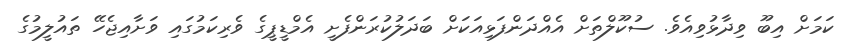
ކަމަށް އިބޫ ވިދާޅުވިއެވެ. ސުކޫލްތަށް އެއްދަންފަޅިއަކަށް ބަދަލުކުރަންފެށީ އެމްޑީޕީގެ ވެރިކަމުގައި ވަށާއިޖެހޭ ތައުލީމުގެ